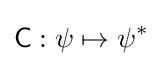
{\mathsf {C}}:\psi \mapsto \psi ^{*}